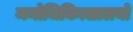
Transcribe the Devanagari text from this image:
मनोचिकित्सालयों